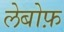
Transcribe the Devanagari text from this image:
लेबोफ़